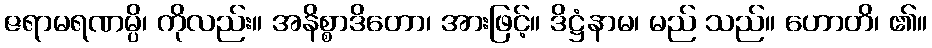
ဇရာမရဏမ္ပိ၊ ကိုလည်း။ အနိစ္စာဒိတော၊ အားဖြင့်။ ဒိဋ္ဌံနာမ၊ မည် သည်။ ဟောတိ၊ ၏။